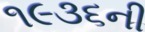
૧૯૩૬ની